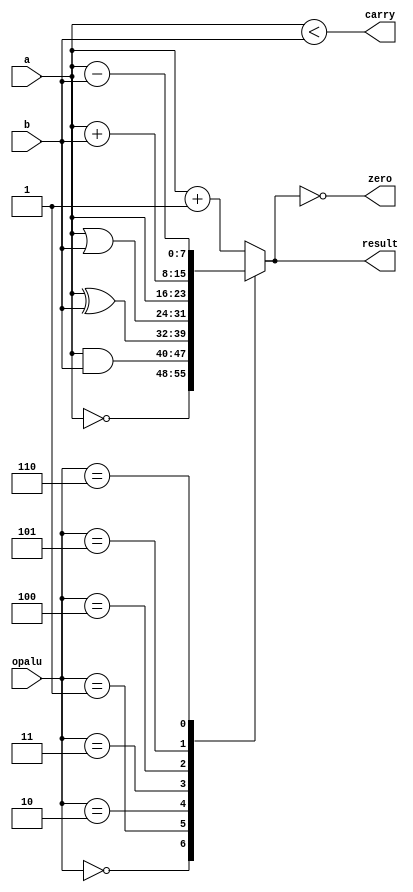
`timescale 1ns / 1ps
//////////////////////////////////////////////////////////////////////////////////
// Company: 
// Engineer: 
// 
// Design Name: 
// Module Name:    ALU 
// Project Name: 
// Target Devices: 
// Tool versions: 
// Description: 
//
// Dependencies: 
//
// Revision: 
// Revision 0.01 - File Created
// Additional Comments: 
//
//////////////////////////////////////////////////////////////////////////////////
module ALU(
    input [7:0] a,
    input [7:0] b,
    output [7:0] result,
    input [2:0] opalu,
	 output zero, carry
    );

reg [7:0] resu;

always@*
	case (opalu)
		0: resu <= ~a;
		1: resu <= a & b;
		2: resu <= a ^ b;
		3: resu <= a | b;
		4: resu <= a;
		5: resu <= a + b;
		6: resu <= a - b;
		default: resu <= a + 1;
	endcase
	
assign zero=(resu==0);
assign result=resu;
assign carry=(a<b);
		

endmodule